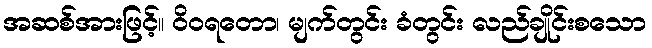
အဆစ်အားဖြင့်။ ဝိဝရတော၊ မျက်တွင်း ခံတွင်း လည်ချိုင်းစသော